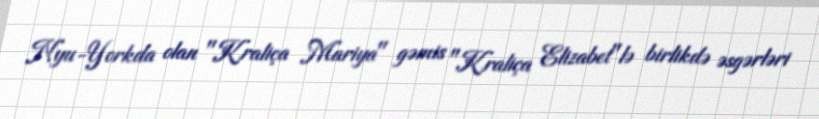
Nyu-Yorkda olan "Kraliça Mariya" gəmis "Kraliça Elizabet"lə birlikdə əsgərləri